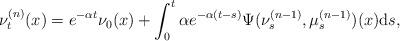
LaTeX: \begin{align*}\nu^{(n)}_t(x) = e^{-\alpha t}\nu_0(x) + \int_0^t \alpha e^{-\alpha (t-s)} \Psi(\nu^{(n-1)}_s, \mu^{(n-1)}_s)(x) \mathrm{d}s,\end{align*}